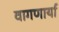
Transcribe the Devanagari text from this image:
वागणार्या